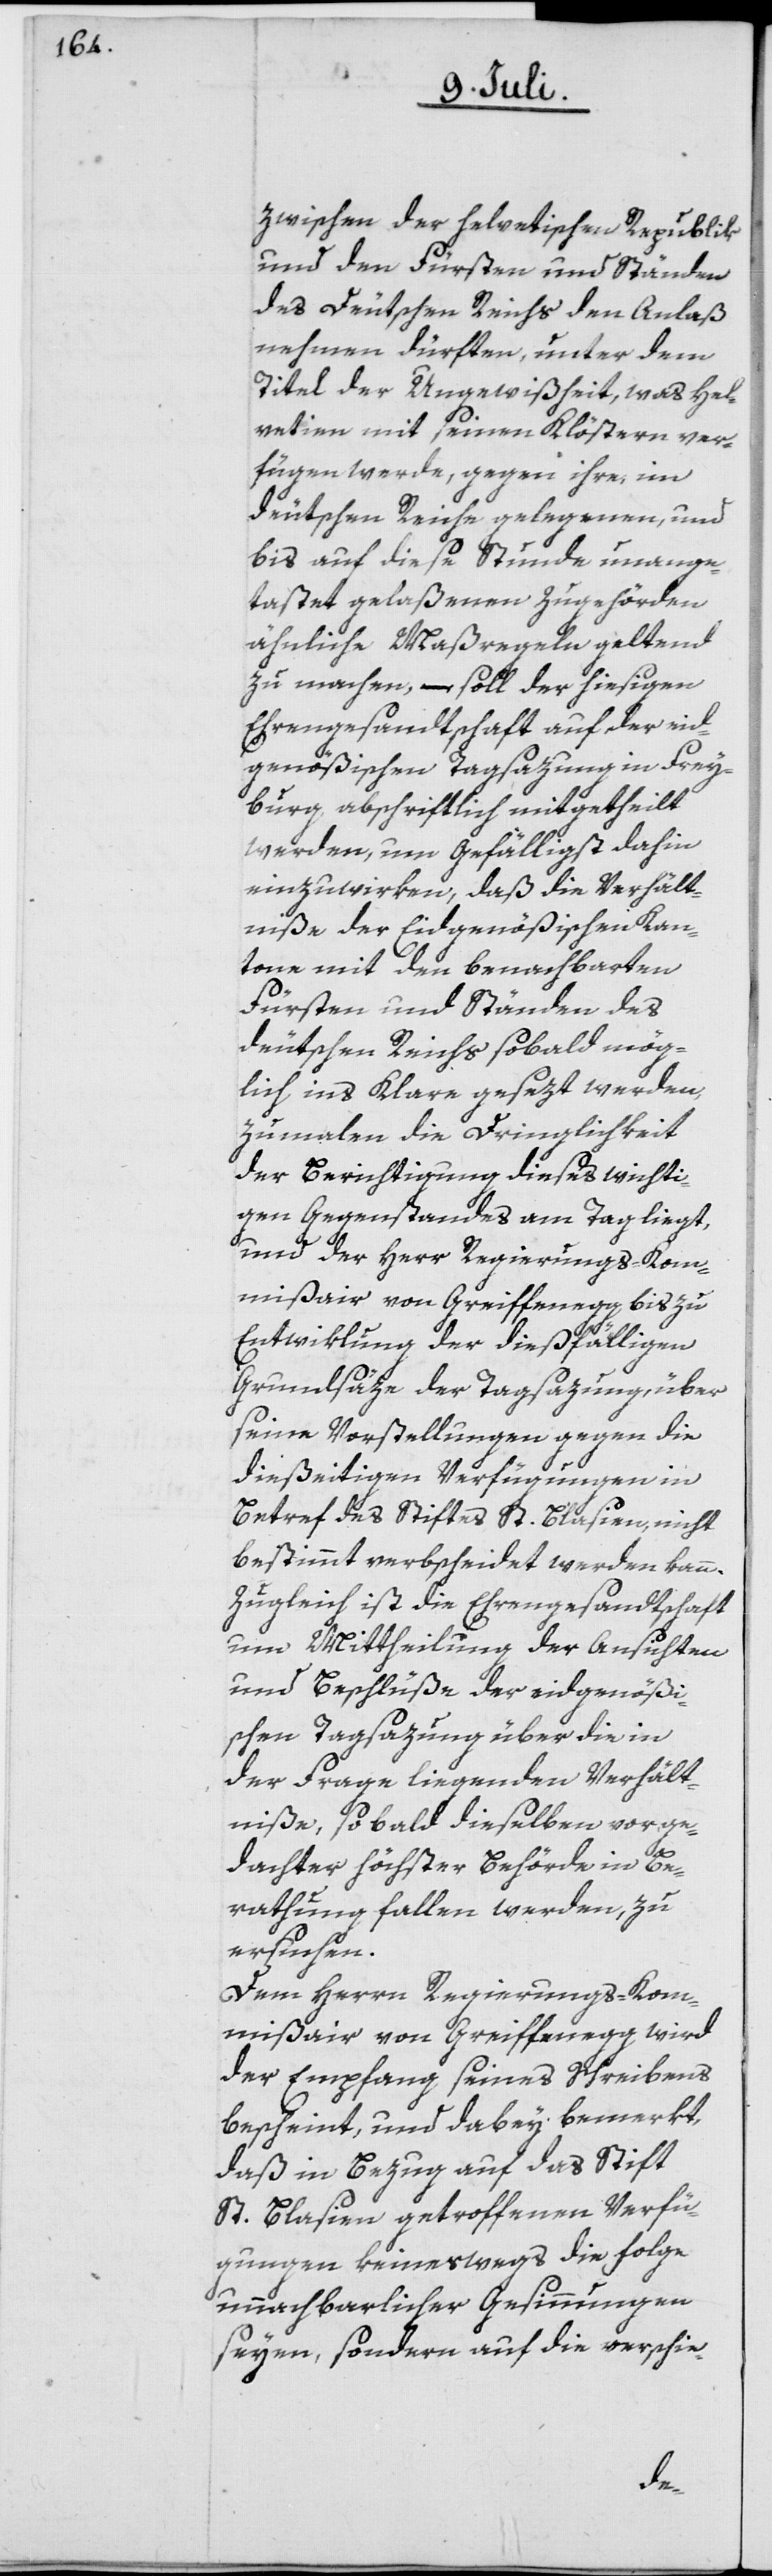
zwischen der helvetischen Republik
und den Fürsten und Ständen
des deutschen Reichs den Anlaß
nehmen dürften, unter dem
Titel der Ungewißheit, was Hel¬
vetien mit seinen Klöstern ver¬
fügen werde, gegen ihre, im
deutschen Reiche gelegenen, und
bis auf diese Stunde unange¬
tastet gelaßenen Zugehörden
ähnliche Maßregeln geltend
zu machen, – soll der hiesigen
Ehrengesandtschaft auf der eid¬
genößischen Tagsazung in Frey¬
burg abschriftlich mitgetheilt
werden, um gefälligst dahin
einzuwirken, daß die Verhält¬
niße der Eidgenößischen Kan¬
tone mit den benachbarten
Fürsten und Ständen des
deutschen Reichs sobald mög¬
lich ins Klare gesezt werden,
zumalen die Dringlichkeit
der Berichtigung dieses wichti¬
gen Gegenstandes am Tag liegt,
und der Herr Regierungs-Kom¬
mißair von Greiffenegg [sic!] bis zu
Entwiklung der dießfälligen
Grundsäze der Tagsazung, über
seine Vorstellungen gegen die
dießeitigen Verfügungen in
Betref des Stiftes St. Blasien, nicht
bestimmt verbscheidet werden kann.
Zugleich ist die Ehrengesandtschaft
um Mittheilung der Ansichten
und Beschlüße der eidgenößi¬
schen Tagsazung über die in
der Frage liegenden Verhält¬
niße, so bald dieselben vorge¬
dachter höchster Behörde in Be¬
rathung fallen werden, zu
ersuchen.
Dem Herrn Regierungs-Kom¬
mißair von Greiffenegg wird
der Empfang seines Schreibens
bescheint, und dabey bemerkt,
daß in Bezug auf das Stift
St. Blasien getroffenen Verfü¬
gungen keineswegs die Folge
unnachbarlicher Gesinnungen
seyen, sondern auf die verschie-